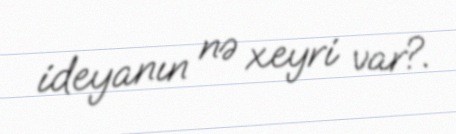
ideyanın nə xeyri var?.